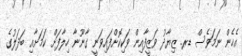
އެހެން ނަމަވެސް ޑރ. ޒިޔާދު ވަޒީފާއިން ވަކިކޮށްފައިވަނީ ގާނޫނާ ހިލާފަށް ކަމަށާއި ބަދަލުގެ